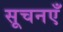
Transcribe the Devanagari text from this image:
सूचनएँ